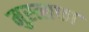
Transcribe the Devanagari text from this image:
मुस्त्सफा